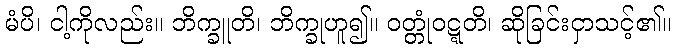
မံပိ၊ ငါ့ကိုလည်း။ ဘိက္ခူတိ၊ ဘိက္ခုဟူ၍။ ဝတ္တုံဝဋ္ဋတိ၊ ဆိုခြင်းငှာသင့်၏။